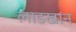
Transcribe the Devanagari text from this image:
लाडखान